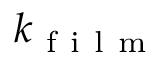
k _ { \mathrm { ~ f ~ i ~ l ~ m ~ } }